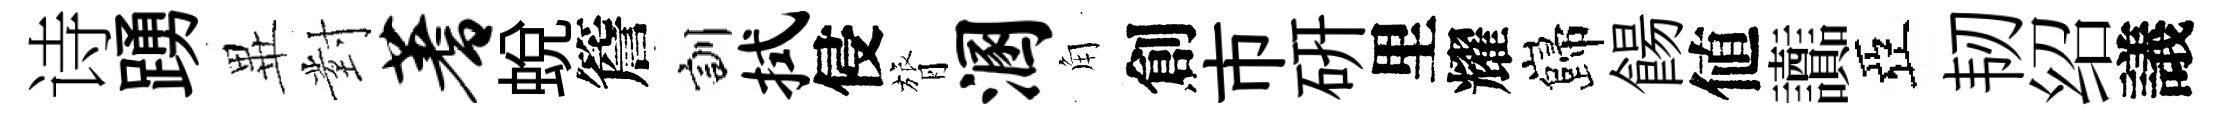
诗踴𭺾對蓍蛻簷訓拭侵膂溷角創市研里耀巋餳値讟亞韧绍議